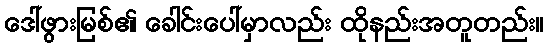
ဒေါ်ဖွားမြစ်၏ ခေါင်းပေါ်မှာလည်း ထိုနည်းအတူတည်း။